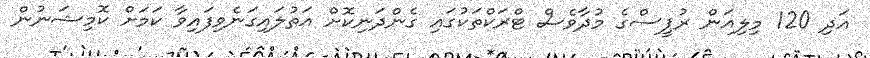
އަދި 120 މިލިއަން ރުޕީސްގެ މުދާވެސް ޓްރަކްތަކުގައި ގެންދަނިކޮށް އަތުލައިގަނެވިފައިވާ ކަމަށް ކޮމިޝަނުން